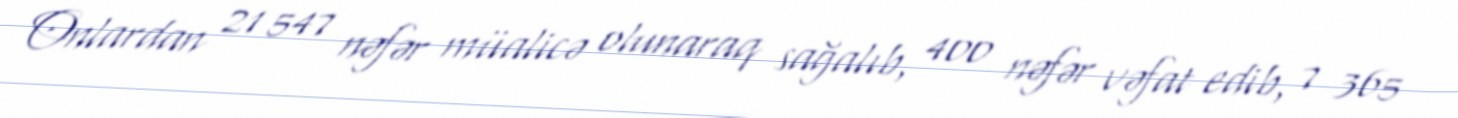
Onlardan 21 547 nəfər müalicə olunaraq sağalıb, 400 nəfər vəfat edib, 7 365